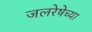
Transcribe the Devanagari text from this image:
जलरेषेच्या